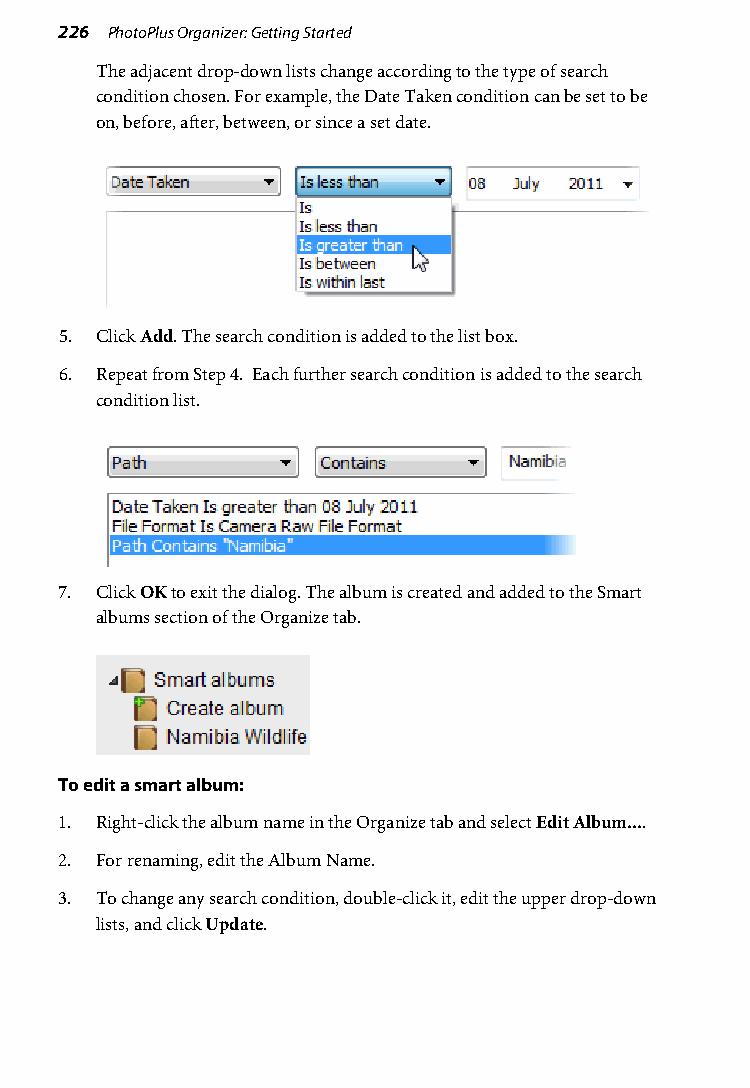
226 PhotoPlus Organizer: Getting Started
 The adjacent drop-down lists change according to the type of search
 condition chosen. For example, the Date Taken condition can be set to be
 on, before, after, between, or since a set date.
 5. Click Add. The search condition is added to the list box.
 6. Repeat from Step 4. Each further search condition is added to the search
 condition list.
 7. Click OK to exit the dialog. The album is created and added to the Smart
 albums section of the Organize tab.
 To edit a smart album:
 1. Right-click the album name in the Organize tab and select Edit Album....
 2. For renaming, edit the Album Name.
 3. To change any search condition, double-click it, edit the upper drop-down
 lists, and click Update.